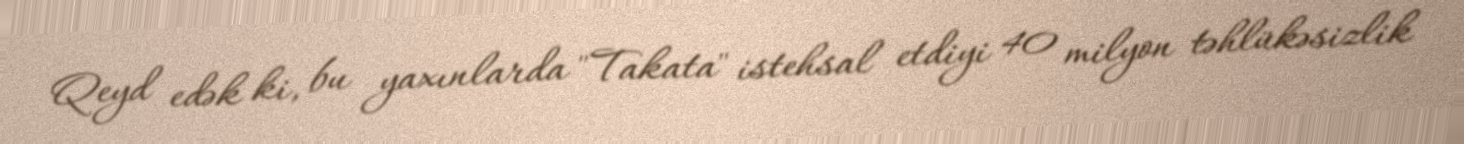
Qeyd edək ki, bu yaxınlarda "Takata" istehsal etdiyi 40 milyon təhlükəsizlik